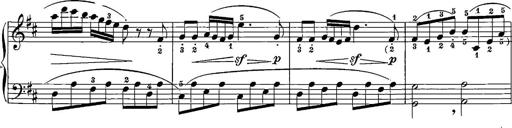
Title: 12 Sonatinas
Composer: Ignaz Pleyel